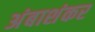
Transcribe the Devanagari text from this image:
अंबाशंकर